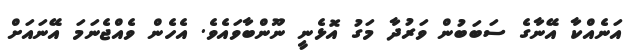
އަނެއްކާ އޭނާގެ ސަބަބުން ވަރުދާ މަގު އޮޅެނީ ނޫންބާވައެވެ. އެހެން ވެއްޖެނަމަ އޭނައަށް